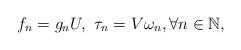
LaTeX: \begin{align*}f_n=g_n U,~\tau_n=V\omega_n, \forall n \in \mathbb{N}, \end{align*}